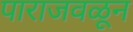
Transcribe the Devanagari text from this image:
पाराजवळून